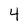
Character: 4